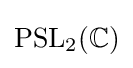
\mathrm {PSL} _{2}(\mathbb {C} )